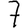
Digit: 7